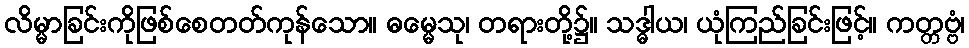
လိမ္မာခြင်းကိုဖြစ်စေတတ်ကုန်သော။ ဓမ္မေသု၊ တရားတို့၌။ သဒ္ဓါယ၊ ယုံကြည်ခြင်းဖြင့်။ ကတ္တဗ္ဗံ၊